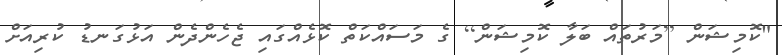
"ކޮމިޝަން [މަރުތައް ބަލާ ކޮމިޝަން] ގެ މަސައްކަތް ކޮޅެއްގައި ޖެހެންދެން އަޅުގަނޑު ކުރިއަށް